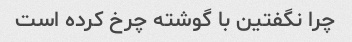
چرا نگفتین با گوشته چرخ کرده است